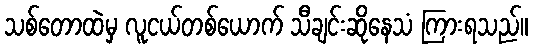
သစ်တောထဲမှ လူငယ်တစ်ယောက် သီချင်းဆိုနေသံ ကြားရသည်။